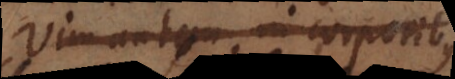
Vim autem in corporibus